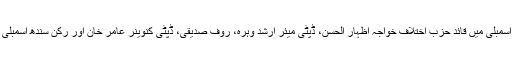
قومی اسمبلی میں پارلیمانی لیڈر ڈاکٹر فاروق ستار، سندھ اسمبلی میں قائد حزب اختلاف خواجہ اظہار الحسن، ڈپٹی میئر ارشد وہرہ، رؤف صدیقی، ڈپٹی کنوینر عامر خان اور رکن سندھ اسمبلی فیصل سبزواری سمیت کئی رہنما بھی ان کے ہمراہ تھے۔